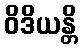
ဝိဒိယန္တိ